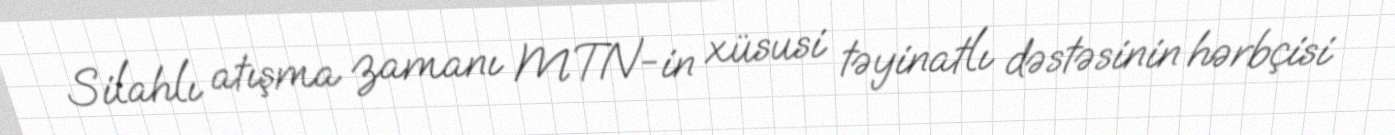
Silahlı atışma zamanı MTN-in xüsusi təyinatlı dəstəsinin hərbçisi